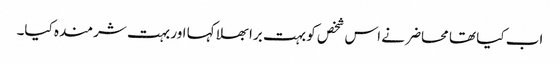
اب کیا تھا محاضر نے اس شخص کو بہت برا بھلا کہا اور بہت شرمندہ کیا۔